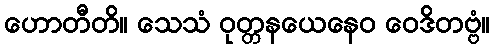
ဟောတီတိ။ သေသံ ဝုတ္တနယေနေဝ ဝေဒိတဗ္ဗံ။